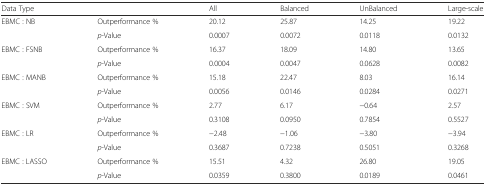
| <COLSPAN=2> Data Type | All | Balanced | UnBalanced | Large-scale |
 | --- | --- | --- | --- | --- | --- |
 | <ROWSPAN=2> EBMC : NB | Outperformance % | 20.12 | 25.87 | 14.25 | 19.22 |
 | p-Value | 0.0007 | 0.0072 | 0.0118 | 0.0132 |
 | <ROWSPAN=2> EBMC : FSNB | Outperformance % | 16.37 | 18.09 | 14.80 | 13.65 |
 | p-Value | 0.0004 | 0.0047 | 0.0628 | 0.0082 |
 | <ROWSPAN=2> EBMC : MANB | Outperformance % | 15.18 | 22.47 | 8.03 | 16.14 |
 | p-Value | 0.0056 | 0.0146 | 0.0284 | 0.0271 |
 | <ROWSPAN=2> EBMC : SVM | Outperformance % | 2.77 | 6.17 | −0.64 | 2.57 |
 | p-Value | 0.3108 | 0.0950 | 0.7854 | 0.5527 |
 | <ROWSPAN=2> EBMC : LR | Outperformance % | −2.48 | −1.06 | −3.80 | −3.94 |
 | p-Value | 0.3687 | 0.7238 | 0.5051 | 0.3268 |
 | <ROWSPAN=2> EBMC : LASSO | Outperformance % | 15.51 | 4.32 | 26.80 | 19.05 |
 | p-Value | 0.0359 | 0.3800 | 0.0189 | 0.0461 |